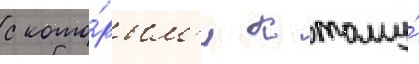
с кото́рым'и к тому́